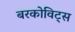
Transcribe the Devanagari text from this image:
बरकोविट्स